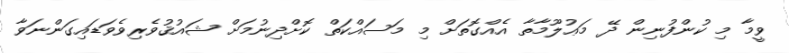
ވީމާ މި ކުންފުނިން ދޭ މަޢުލޫމާތާ އެއްގޮތަށް މި މަސައްކަތް ކޮށްދިނުމަށް ޝައުޤުވެރިވެވަޑައިގަންނަވާ